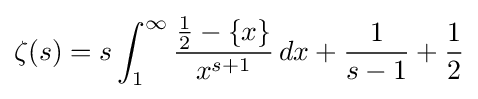
\zeta (s)=s\int _{1}^{\infty }{\frac {{\frac {1}{2}}-\{x\}}{x^{s+1}}}\,dx+{\frac {1}{s-1}}+{\frac {1}{2}}